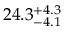
2 4 . 3 _ { - 4 . 1 } ^ { + 4 . 3 }